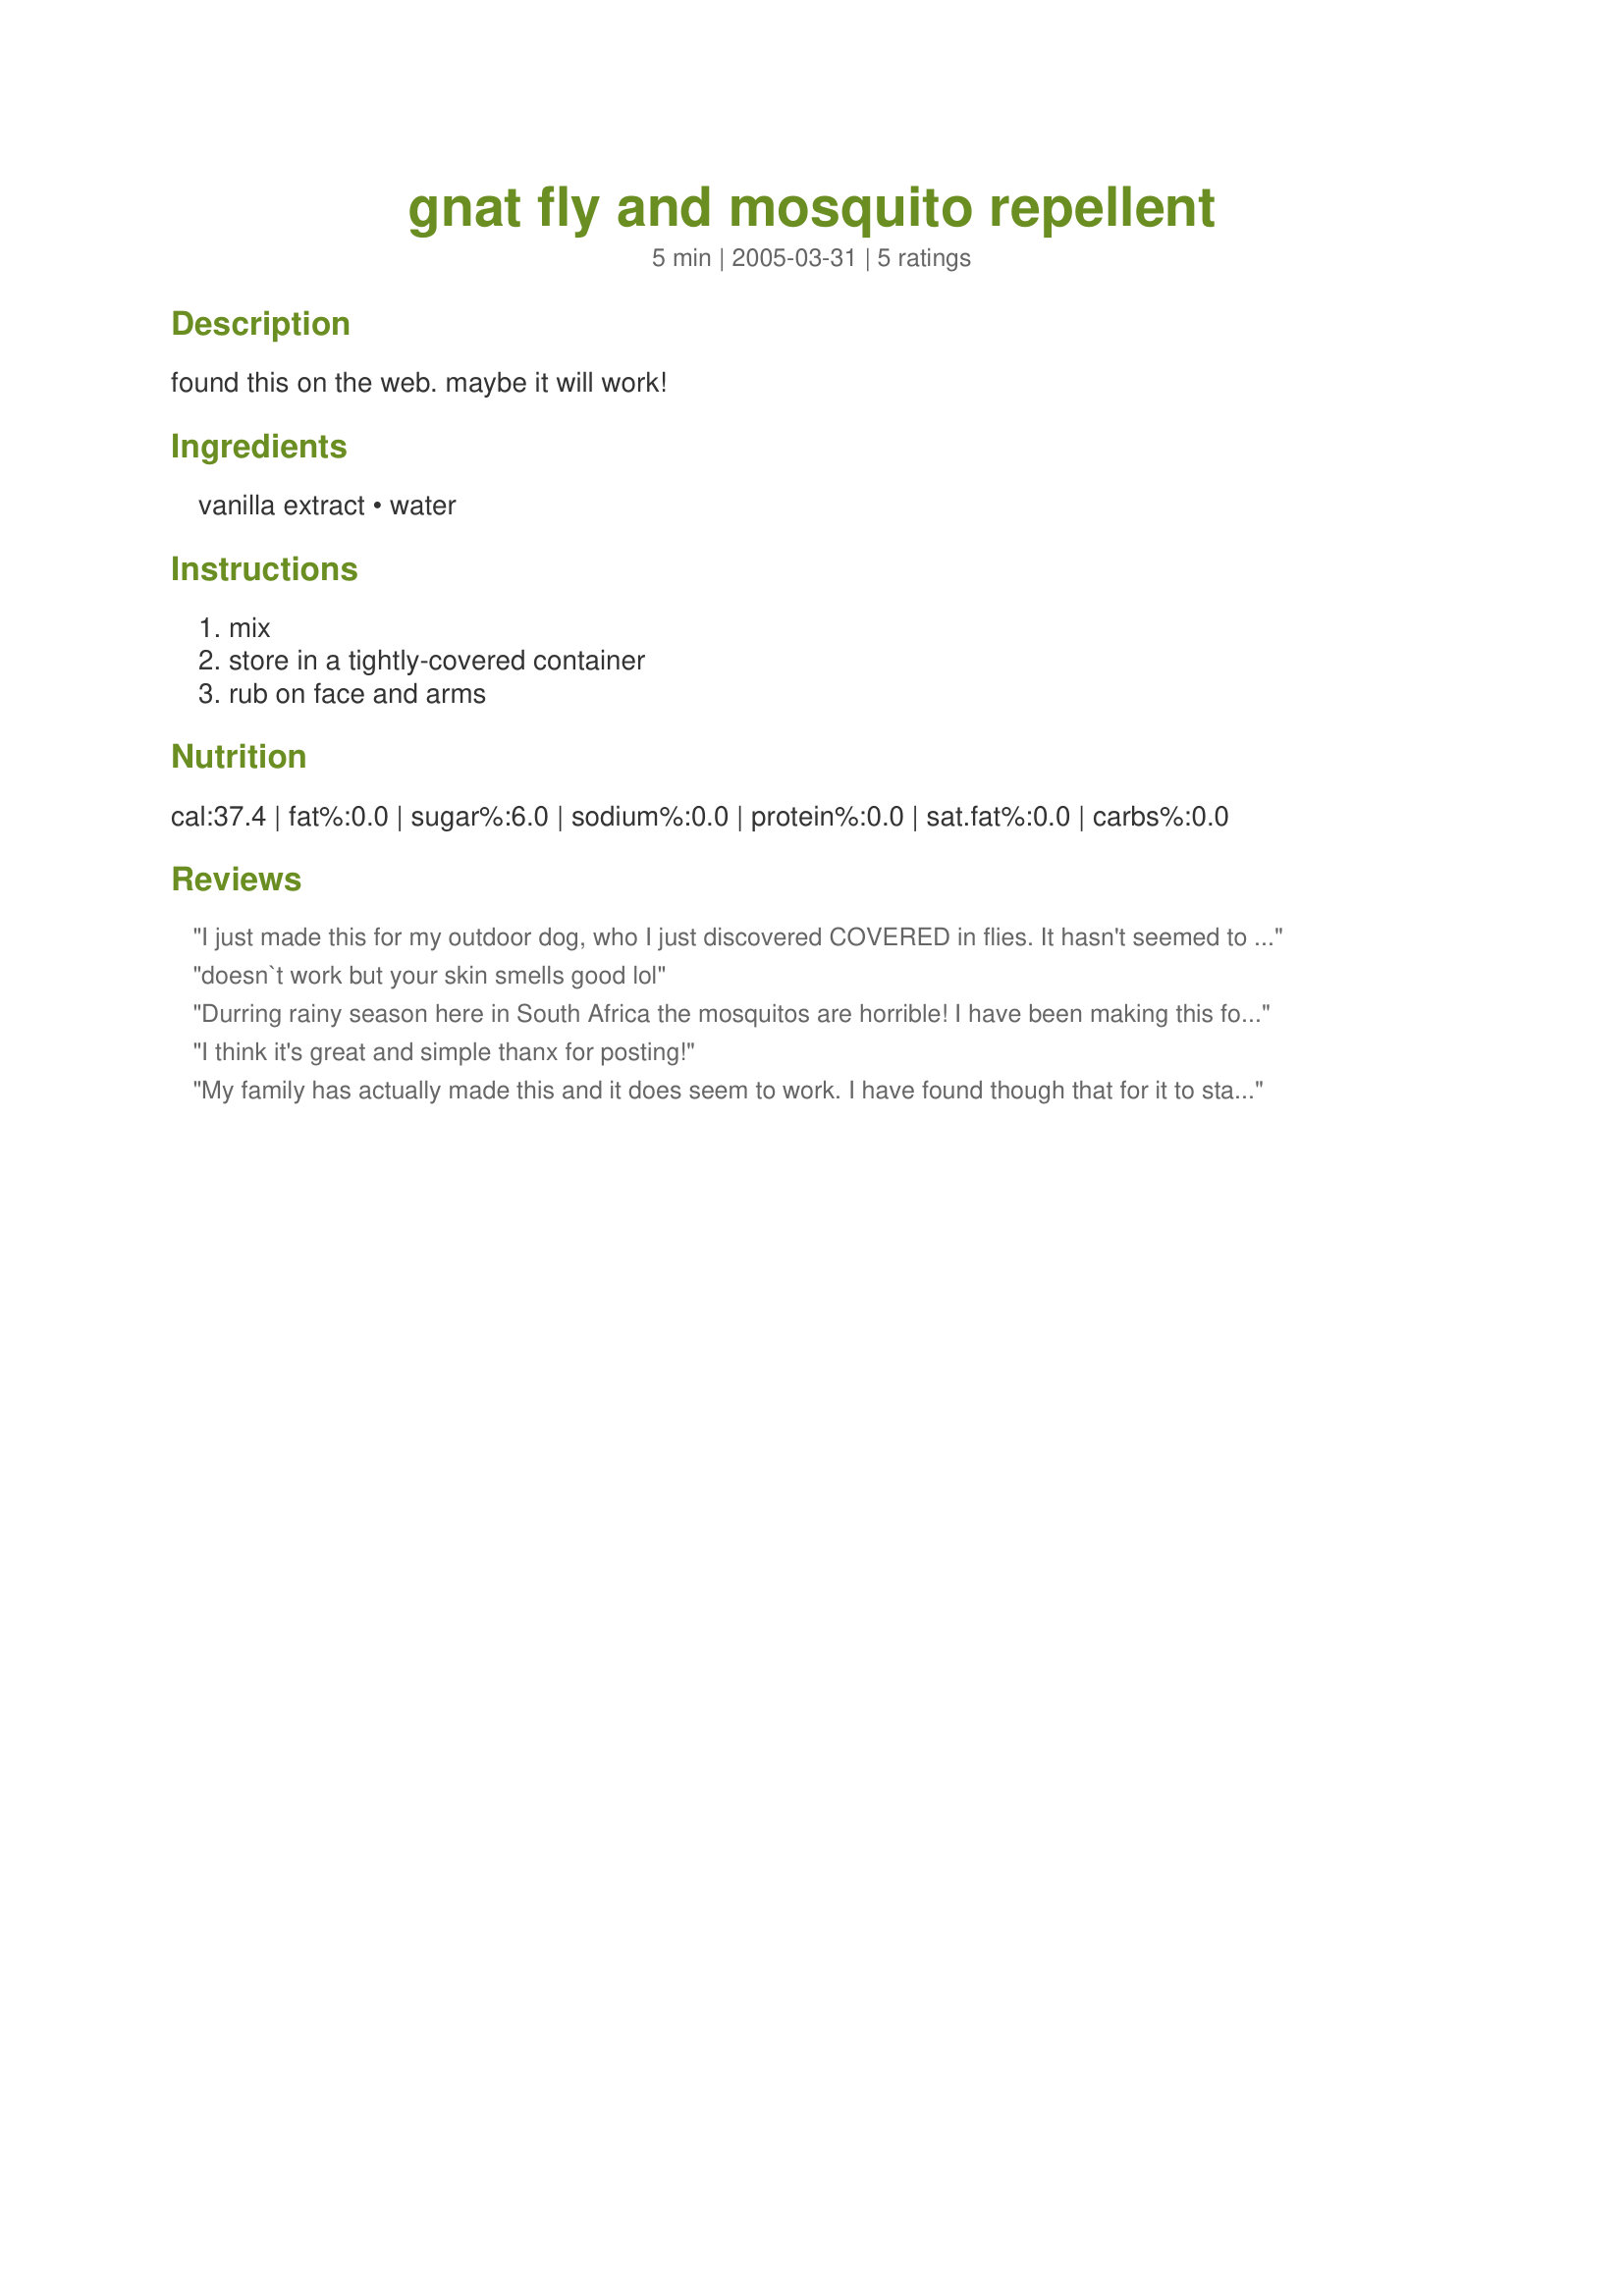
gnat fly and mosquito repellent
Preparation time: 5 minutes

found this on the web. maybe it will work!

Ingredients:
vanilla extract, water

Steps:
mix, store in a tightly-covered container, rub on face and arms

Reviews:
I just made this for my outdoor dog, who I just discovered COVERED in flies. It hasn't seemed to work one bit, although I didn't have pure extract, and the sweeteners in what I had may have overridden the effects of the vanilla itself. :(
doesn`t work but your skin smells good lol
Durring rainy season here in South Africa the mosquitos are horrible! I have been making this for the last 2 years and was going to post it myself. Good thing I checked. This really does work! All of the people in our church always ask if I brought it with me. There are so many testimonials that I could give that there isn't space to write them all! And I wouldn't recommend anyone using sweetened vanilla, especially for flies. I haven't tried this for flies, but we have a problem with them so I will try it out. BY THE WAY: I MIX MINE IN A SPRAY BOTTLE AND SPRAY IT ON. It will leave a brown spot on light colored clothing, but it has always washed out for me.
I think it's great and simple thanx for posting!
My family has actually made this and it does seem to work. I have found though that for it to stay effective, you need to have a fresh batch made up every week or so. If it sits too long, it seems to loose its potency.
GREAT JOB AND ALOT CHEAPER THAN THE "UFF" BRAND! :)
Thanks LIK2FISH!
